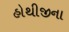
હોથીજીના